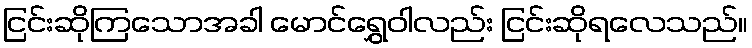
ငြင်းဆိုကြသောအခါ မောင်ရွှေဝါလည်း ငြင်းဆိုရလေသည်။